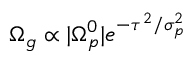
\Omega _ { g } \propto | \Omega _ { p } ^ { 0 } | e ^ { - \tau ^ { 2 } / \sigma _ { p } ^ { 2 } }